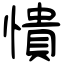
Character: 憒